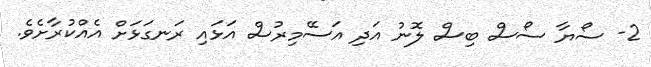
2- ސޯޔާ ސޯސް ބިސް ލޮނު އަދި އަސޭމިރުސް އަޅައި ރަނގަޅަށް އެއްކުރާށެވެ.